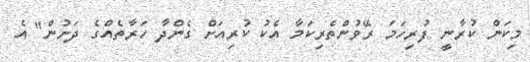
މިކަން ކުރާނީ ފުރިހަމަ ރޭވުންތެރިކަމާ އެކު ކުރިއަށް ގެންދާ ހަރާތެއްގެ ދަށުން" އެ